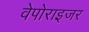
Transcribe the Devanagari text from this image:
वेपोराइजर